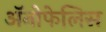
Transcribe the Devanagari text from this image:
अॅनोफेलिस